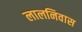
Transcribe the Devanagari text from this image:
लालनिवास